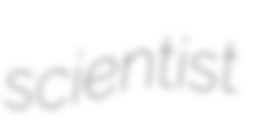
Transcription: scientist